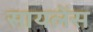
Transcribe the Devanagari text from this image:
सायलेंस